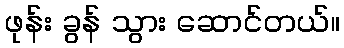
ဖုန်း ခွန် သွား ဆောင်တယ်။